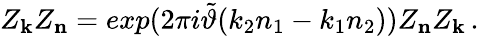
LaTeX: Z_{\mathbf k}Z_{\mathbf n}=exp(2\pi i\tilde{\vartheta}(k_{2}n_{1}-k_{1}n_{2}))Z_{\mathbf n}Z_{\mathbf k}\, .